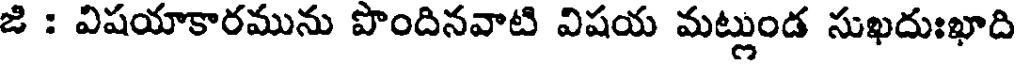
జి : విషయాకారమును పొందినవాటి విషయ మట్లుండ సుఖదుఃఖాది